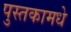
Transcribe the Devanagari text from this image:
पुस्तकामधे